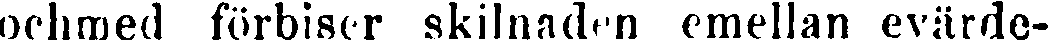
ochmed förbiser skilanden emellan evärde-